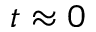
t \approx 0